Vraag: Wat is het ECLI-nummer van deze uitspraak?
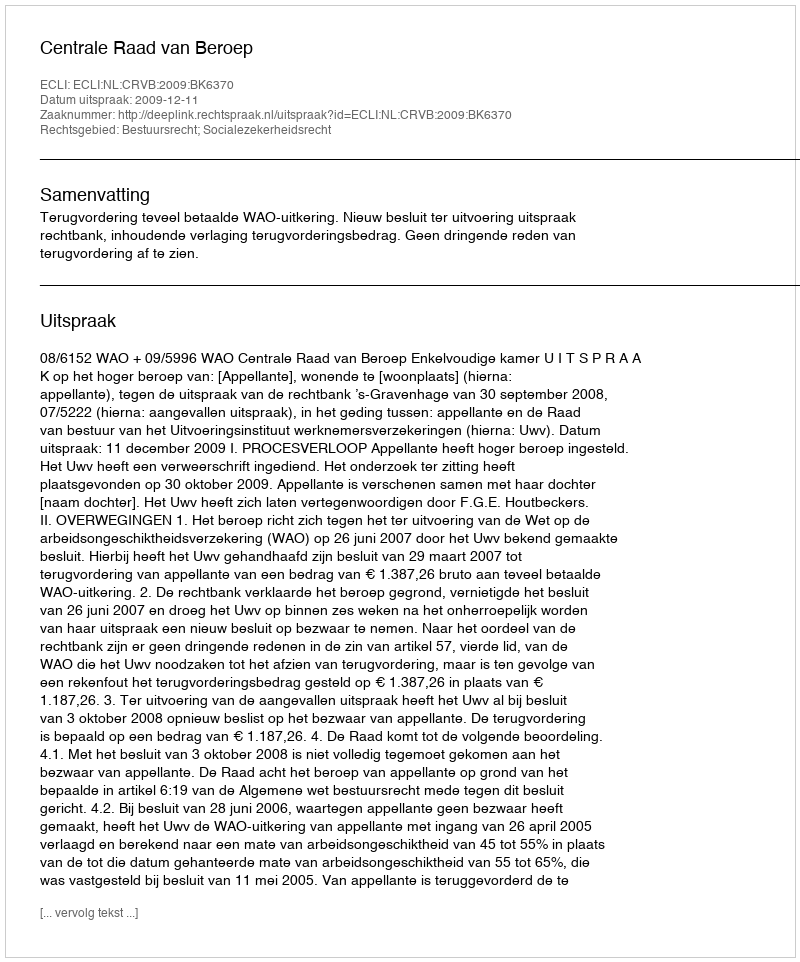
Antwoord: ECLI:NL:CRVB:2009:BK6370